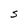
Character: S